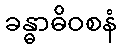
ခန္ဓာဓိဝစနံ